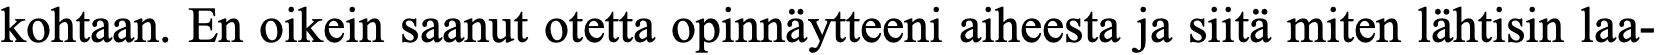
kohtaan. En oikein saanut otetta opinnäytteeni aiheesta ja siitä miten lähtisin laa-